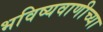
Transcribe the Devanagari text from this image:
भविष्यवाणीच्या